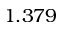
1 . 3 7 9